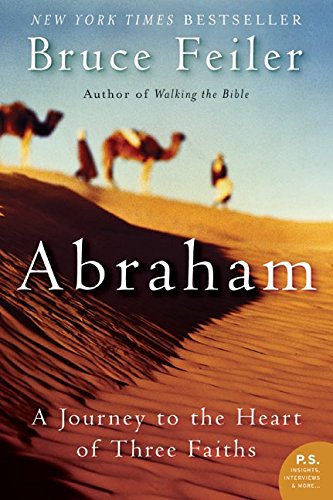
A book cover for Abraham: A Journey to the Heart of Three Faiths; Bruce Feiler; Christian Books & Bibles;